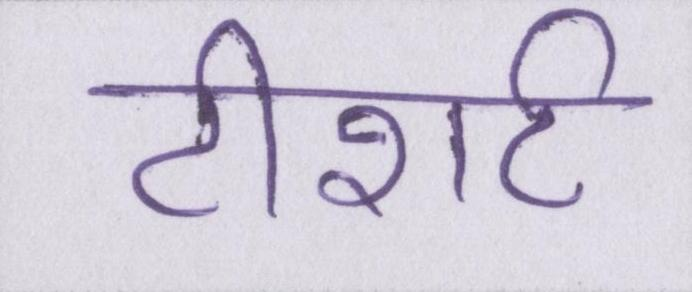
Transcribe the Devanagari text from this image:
टीशर्ट